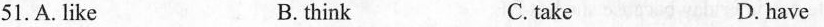
51.A.like B.think C.take D.have